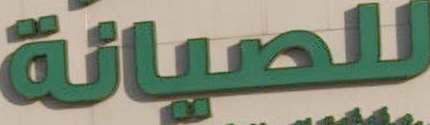
للصيانة